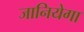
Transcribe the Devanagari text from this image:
जानियेगा